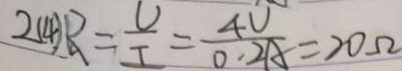
2 ( 4 ) R = \frac { U } { I } = \frac { 4 V } { 0 . 2 A } = 2 0 \Omega